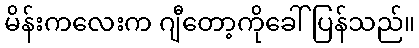
မိန်းကလေးက ဂျီတော့ကိုခေါ်ပြန်သည်။